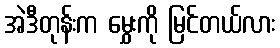
အဲဒီတုန်းက မွှေးကို မြင်တယ်လား